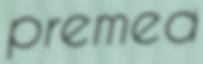
premed